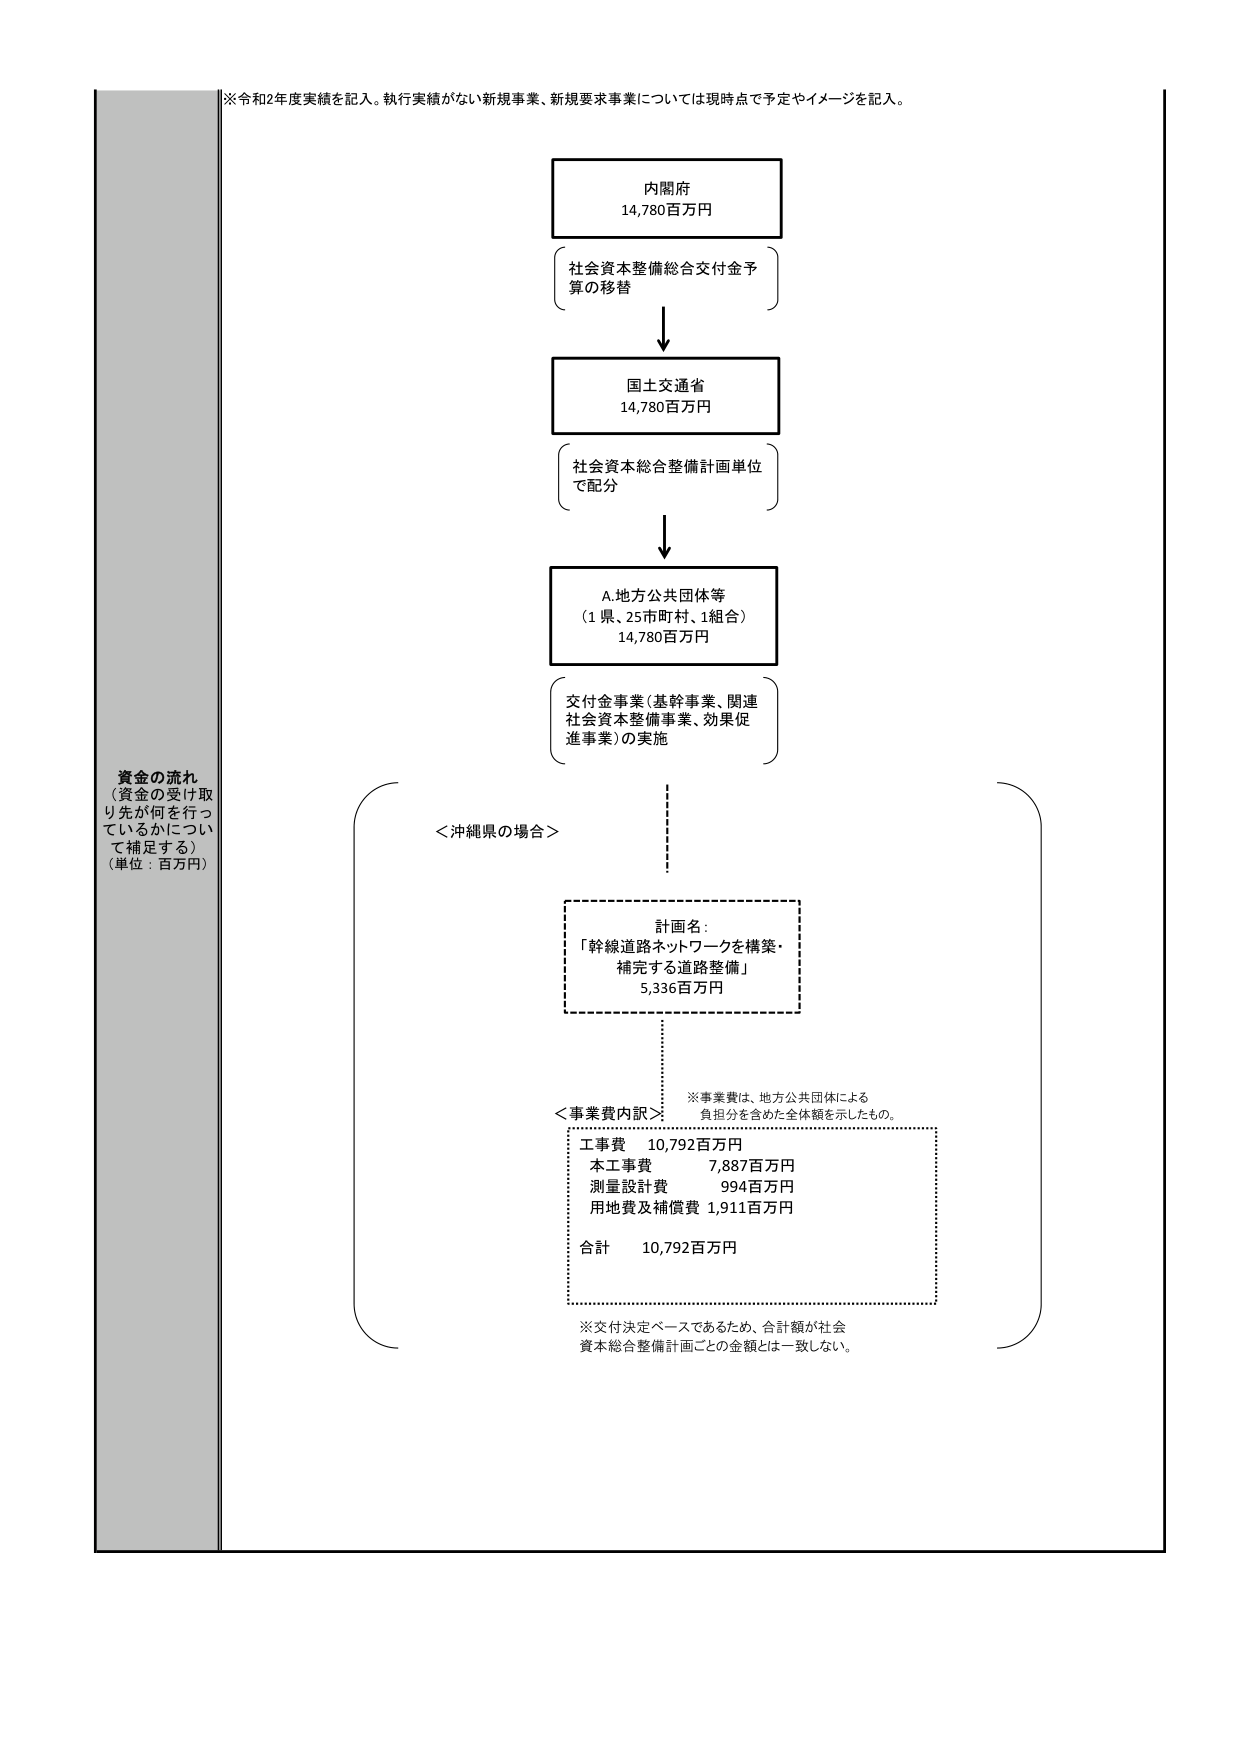
※令和2年度実績を記入。執行実績がない新規事業、新規要求事業については現時点で予定やイメージを記入。

資金の流れ
（資金の受け取り先が何を行っているかについて補足する）
（単位：百万円）

内閣府
14,780百万円
（社会資本整備総合交付金予算の移替）

↓

国土交通省
14,780百万円
（社会資本総合整備計画単位で配分）

↓

A.地方公共団体等
（1県、25市町村、1組合）
14,780百万円
（交付金事業（基幹事業、関連社会資本整備事業、効果促進事業）の実施）

＜沖縄県の場合＞

計画名：
「幹線道路ネットワークを構築・補完する道路整備」
5,336百万円

※事業費は、地方公共団体による負担分を含めた全体額を示したもの。

＜事業費内訳＞
工事費　10,792百万円
　本工事費　7,887百万円
　測量設計費　994百万円
　用地費及び補償費　1,911百万円
合計　10,792百万円

※交付決定ベースであるため、合計額が社会資本総合整備計画ごとの金額とは一致しない。